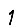
Digit: 1